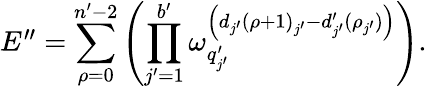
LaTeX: \begin{array}{r}{E^{\prime\prime}=\displaystyle\sum_{\rho=0}^{n^{\prime}-2}\left(\prod_{j^{\prime}=1}^{b^{\prime}}\omega_{q_{j^{\prime}}^{\prime}}^{\left(d_{j^{\prime}}\left(\rho+1\right)_{j^{\prime}}-d_{j^{\prime}}^{\prime}(\rho_{j^{\prime}})\right)}\right).}\end{array}